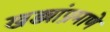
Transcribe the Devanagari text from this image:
खड्यांप्रमाणे